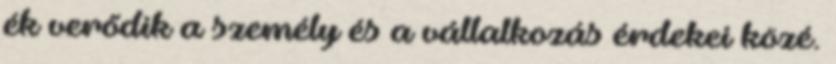
ék verődik a személy és a vállalkozás érdekei közé.